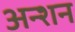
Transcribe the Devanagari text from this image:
अन्शन